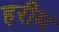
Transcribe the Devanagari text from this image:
हरीम